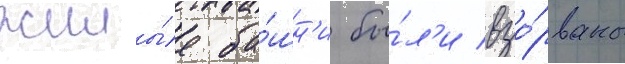
жилы́е ба́шн'и бы́л'и взо́рваны